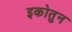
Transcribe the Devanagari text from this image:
इकोतुन